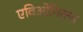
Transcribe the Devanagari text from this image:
एविओनिक्स